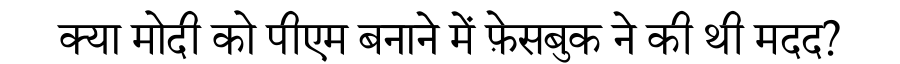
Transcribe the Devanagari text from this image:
क्या मोदी को पीएम बनाने में फ़ेसबुक ने की थी मदद?